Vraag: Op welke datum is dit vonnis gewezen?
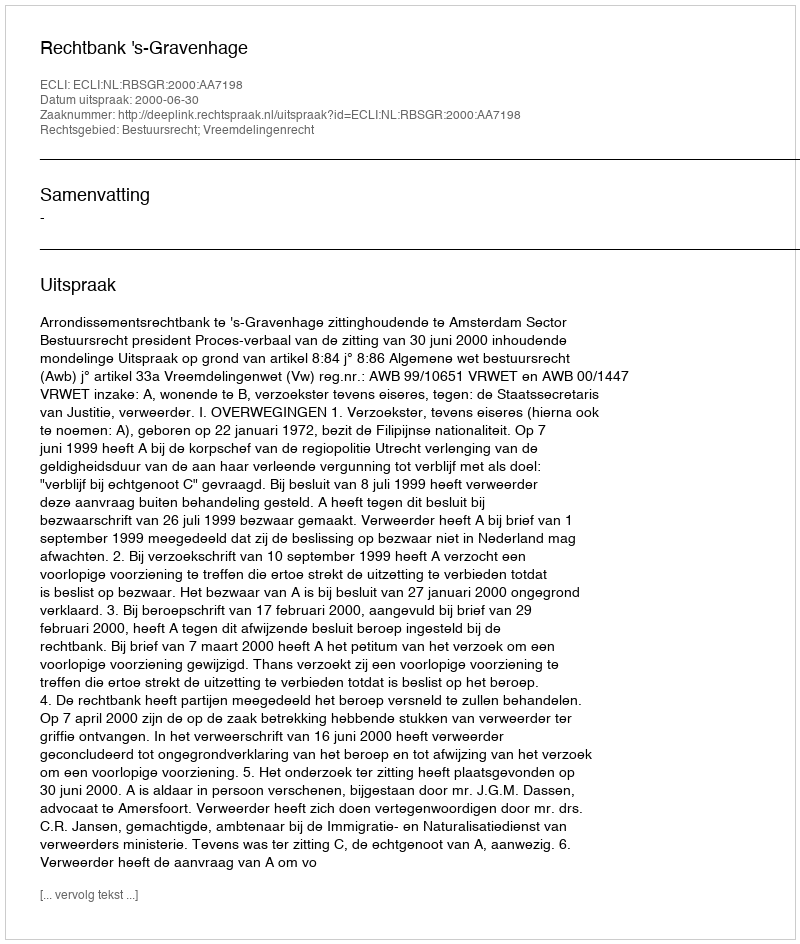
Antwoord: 2000-06-30